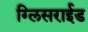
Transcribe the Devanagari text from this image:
ग्लिसराईड